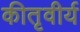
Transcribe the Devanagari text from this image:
कीतृवीर्य